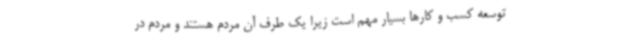
توسعه کسب و کارها بسیار مهم است زیرا یک طرف آن مردم هستند و مردم در